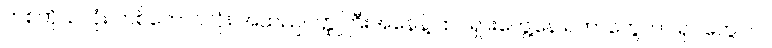
တစ်ကိုယ်လုံး တစ်ကောင်လုံး အထည်ဝတ္ထုကြီးအနေနဲ့ ထင်ရှားတွေ့နေ ရတာတွေဟာ ရုပ်တွေပါပဲ၊